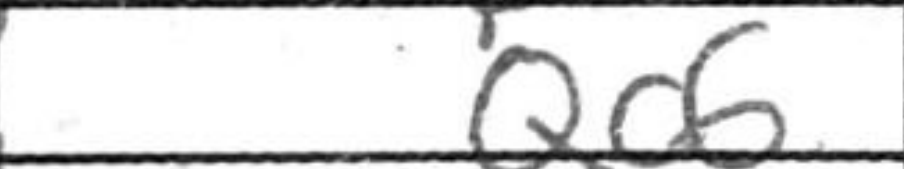
Transcription: Qa6